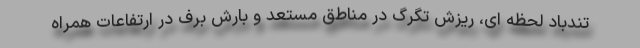
تندباد لحظه ای، ریزش تگرگ در مناطق مستعد و بارش برف در ارتفاعات همراه